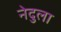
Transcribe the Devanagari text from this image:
नेदुला